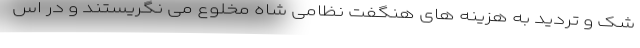
شک و تردید به هزینه های هنگفت نظامی شاه مخلوع می نگریستند و در اس